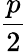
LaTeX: \frac{p}{2}